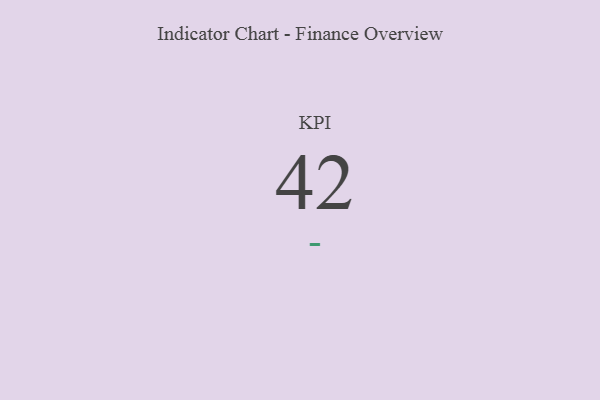
{"axis": {"x": "KPI", "y": "Value"}, "legend": [""], "data": [{"x": "KPI", "y": 42, "type": ""}]}